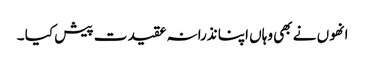
انھوں نے بھی وہاں اپنا نذرانہ عقیدت پیش کیا ۔